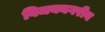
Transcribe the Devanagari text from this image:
विजयनगरीय